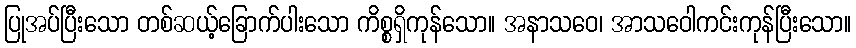
ပြုအပ်ပြီးသော တစ်ဆယ့်ခြောက်ပါးသော ကိစ္စရှိကုန်သော။ အနာသဝေ၊ အာသဝေါကင်းကုန်ပြီးသော။